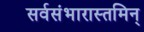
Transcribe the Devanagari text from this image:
सर्वसंभारास्तमिन्‌